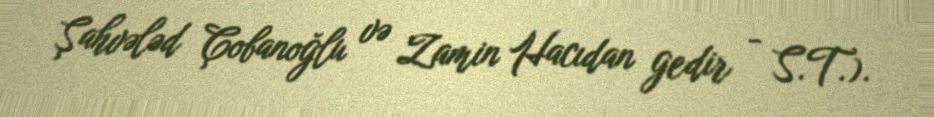
Şahvələd Çobanoğlu və Zamin Hacıdan gedir - S.T.).